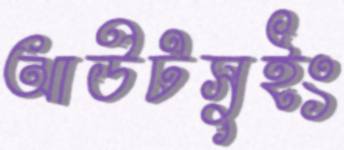
আউটসুইং